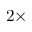
2 \times